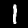
Digit: 1